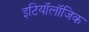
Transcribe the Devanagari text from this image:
इटियॉलॉजिक